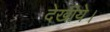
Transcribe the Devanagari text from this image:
देखीये।